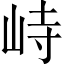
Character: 峙